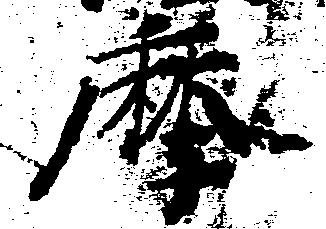
摩